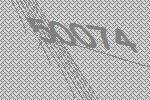
50074